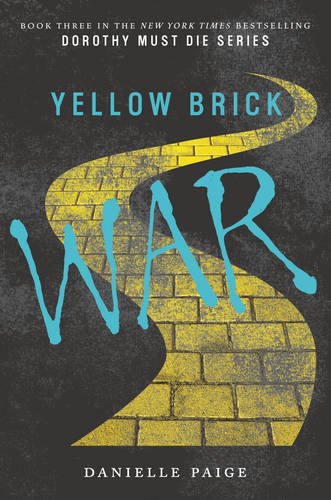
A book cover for Yellow Brick War (Dorothy Must Die); Danielle Paige; Teen & Young Adult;